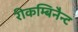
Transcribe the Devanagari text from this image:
रीकम्बिनैन्ट